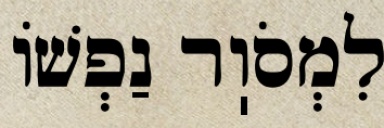
לִמְסֹוֽר נַפְשׁוֹ